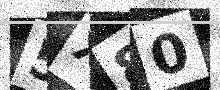
Text: 5X80